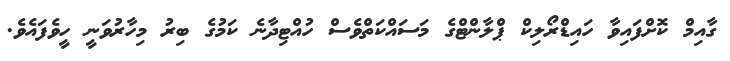
ގާއިމް ކޮށްފައިވާ ހައިޑްރޯލިކް ޕްލާންޓްގެ މަސައްކަތްވެސް ހުއްޓިދާނެ ކަމުގެ ބިރު މިހާރުވަނީ ހީވެފައެވެ.